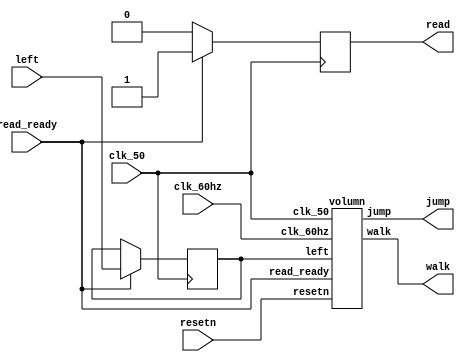
module Signal_Analyser (left, read, read_ready, clk_50, clk_60hz, resetn, jump, walk);

  input [23:0] left;
  input read_ready;
  input clk_60hz;
  input clk_50;
  input resetn;
  output jump;
  output walk;
  output reg read;
  reg [23:0] valid_left;

  volumn vlm(valid_left, read_ready, clk_50, resetn, clk_60hz, jump, walk);
	always @(posedge clk_50)
	begin
	read = 0;
	if(read_ready == 1) begin
	   valid_left <= left;
		read <= 1;
		end
	else
		valid_left <= valid_left;
	end

endmodule //Signal_Analyser

//module pitch_counter (value, read_ready, clk_50, resetn, out, count);
//  input [23:0] value;
//  input clk_50;
//  input read_ready;
//  input resetn;
//  output reg [1:0] out;
//  output reg [14:0] count;
//  wire [1:0] category;
//  wire sign;
//  reg presign;
//
//  assign sign = value[23];
//
//  always @(posedge clk_50)
//  begin
//  if (resetn == 1'b0)
//		begin
//      count <= 15'h0000;
//		presign <= 0;
//		end
//	 else if (sign != presign)
//		begin
//		count <= 15'h0000;
//		presign <= sign;
//		end
//	 else if (read_ready == 1)
//		begin
//      count <= count + 1'b1;
//		presign <= sign;
//		end
//	 else
//		count <= count;
//  end
//
//
//  // always @(posedge clk_48k)
//  // begin
//  //   if (sign == 1'b1 | resetn == 1'b0)
//  //     count <= 15'h0000;
//  //   else
//  //     count <= count + 1'b1;
//  // end
//
//  always @ (posedge sign) begin
////    if (count > 15'h0004 | resetn == 1'b0)
//	if (resetn == 1'b0)
//		out <= 2'b00;
//    else
//	 begin
//	 if(count > 15'h0078)
//      out <= 2'b10;
////    else if (count >= 15'h0002)
//    else if (count >= 15'h003C)
//      out <= 2'b01;
//    else
//      out <= 2'b11;
//	end
//  end
//endmodule //pitch_counter


// output 3 states according to the privious pitch before the clock edge

module volumn (left, read_ready, clk_50, resetn, clk_60hz, jump, walk);

  input [23:0] left;
  input read_ready;
  input clk_50;
  input clk_60hz;
  input resetn;
  output reg jump;
  output reg walk;

  wire [23:0] abs_left;
  reg [23:0] maximum;


  absolute_value abs(left, abs_left);

  always @(posedge clk_50)
  begin
	if(read_ready == 1)
	begin
		if (abs_left >= 24'h0100ff)
		jump <= 1;
		if (abs_left >= 24'h002fff)
		walk <= 1;
		else
		begin
		jump <= 0;
		walk <= 0;
		end
	end
	else
		begin
		walk <= walk;
		jump <= jump;
		end
  end

//  always @ ( posedge clk_50)
//	begin
//		if (resetn == 0 | clk_60hz == 1'b1)
//		 maximum <= 24'h000000;
//		else if(read_ready == 1)
//			begin
//				if (abs_left > maximum)
//						maximum <= left;
//				else
//						maximum <= maximum;
//
//			end
//		else
//			maximum <= maximum;
//  end
////    if (resetn == 0)
////		maximum <= 24'h000000;
////	 else if (clk_60hz == 1'b1)
////      maximum <= 24'h000000;
////    else if (abs_left > maximum)
////      maximum <= left;
////    else
////      maximum <= maximum;
//
//
//  always @(posedge clk_60hz)
//  begin
//    if (maximum >= 24'h3fffff)
//      out <= 1;
//    else
//      out <= 0;
//  end

endmodule //

module absolute_value(in, out);
  input [23:0] in;
  output reg [23:0] out;

  always @ ( * ) begin
    if (in[23] == 1'b1)
      out = -in;
    else
      out = in;
  end
endmodule